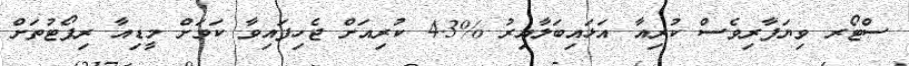
ސްޓޯރ ވިޔަފާރިވެސް ކުރިއާ އަޅައިބަލާއިރު %4.3 ކުރިއަށް ޖެހިފައިވާ ކަމަށް މީޑިއާ ރިޕޯޓުތަށް